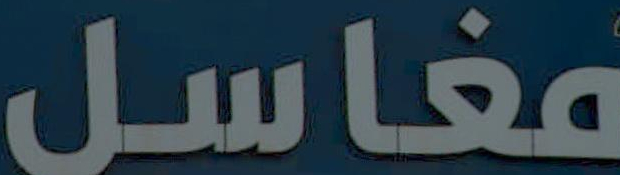
مغاسل